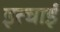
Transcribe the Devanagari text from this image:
इत्चाई